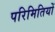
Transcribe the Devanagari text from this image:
परिमितियों